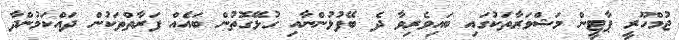
ޖުމްހޫރީ ޕާޓީން މަޝްވަރާތަކުގައި ބައިވެރިވާ ދެ ބޭފުޅުންނާއި ގުޅޭގޮތުން ބައެއް ފަރާތްތަކުން ދައްކަމުންދާ